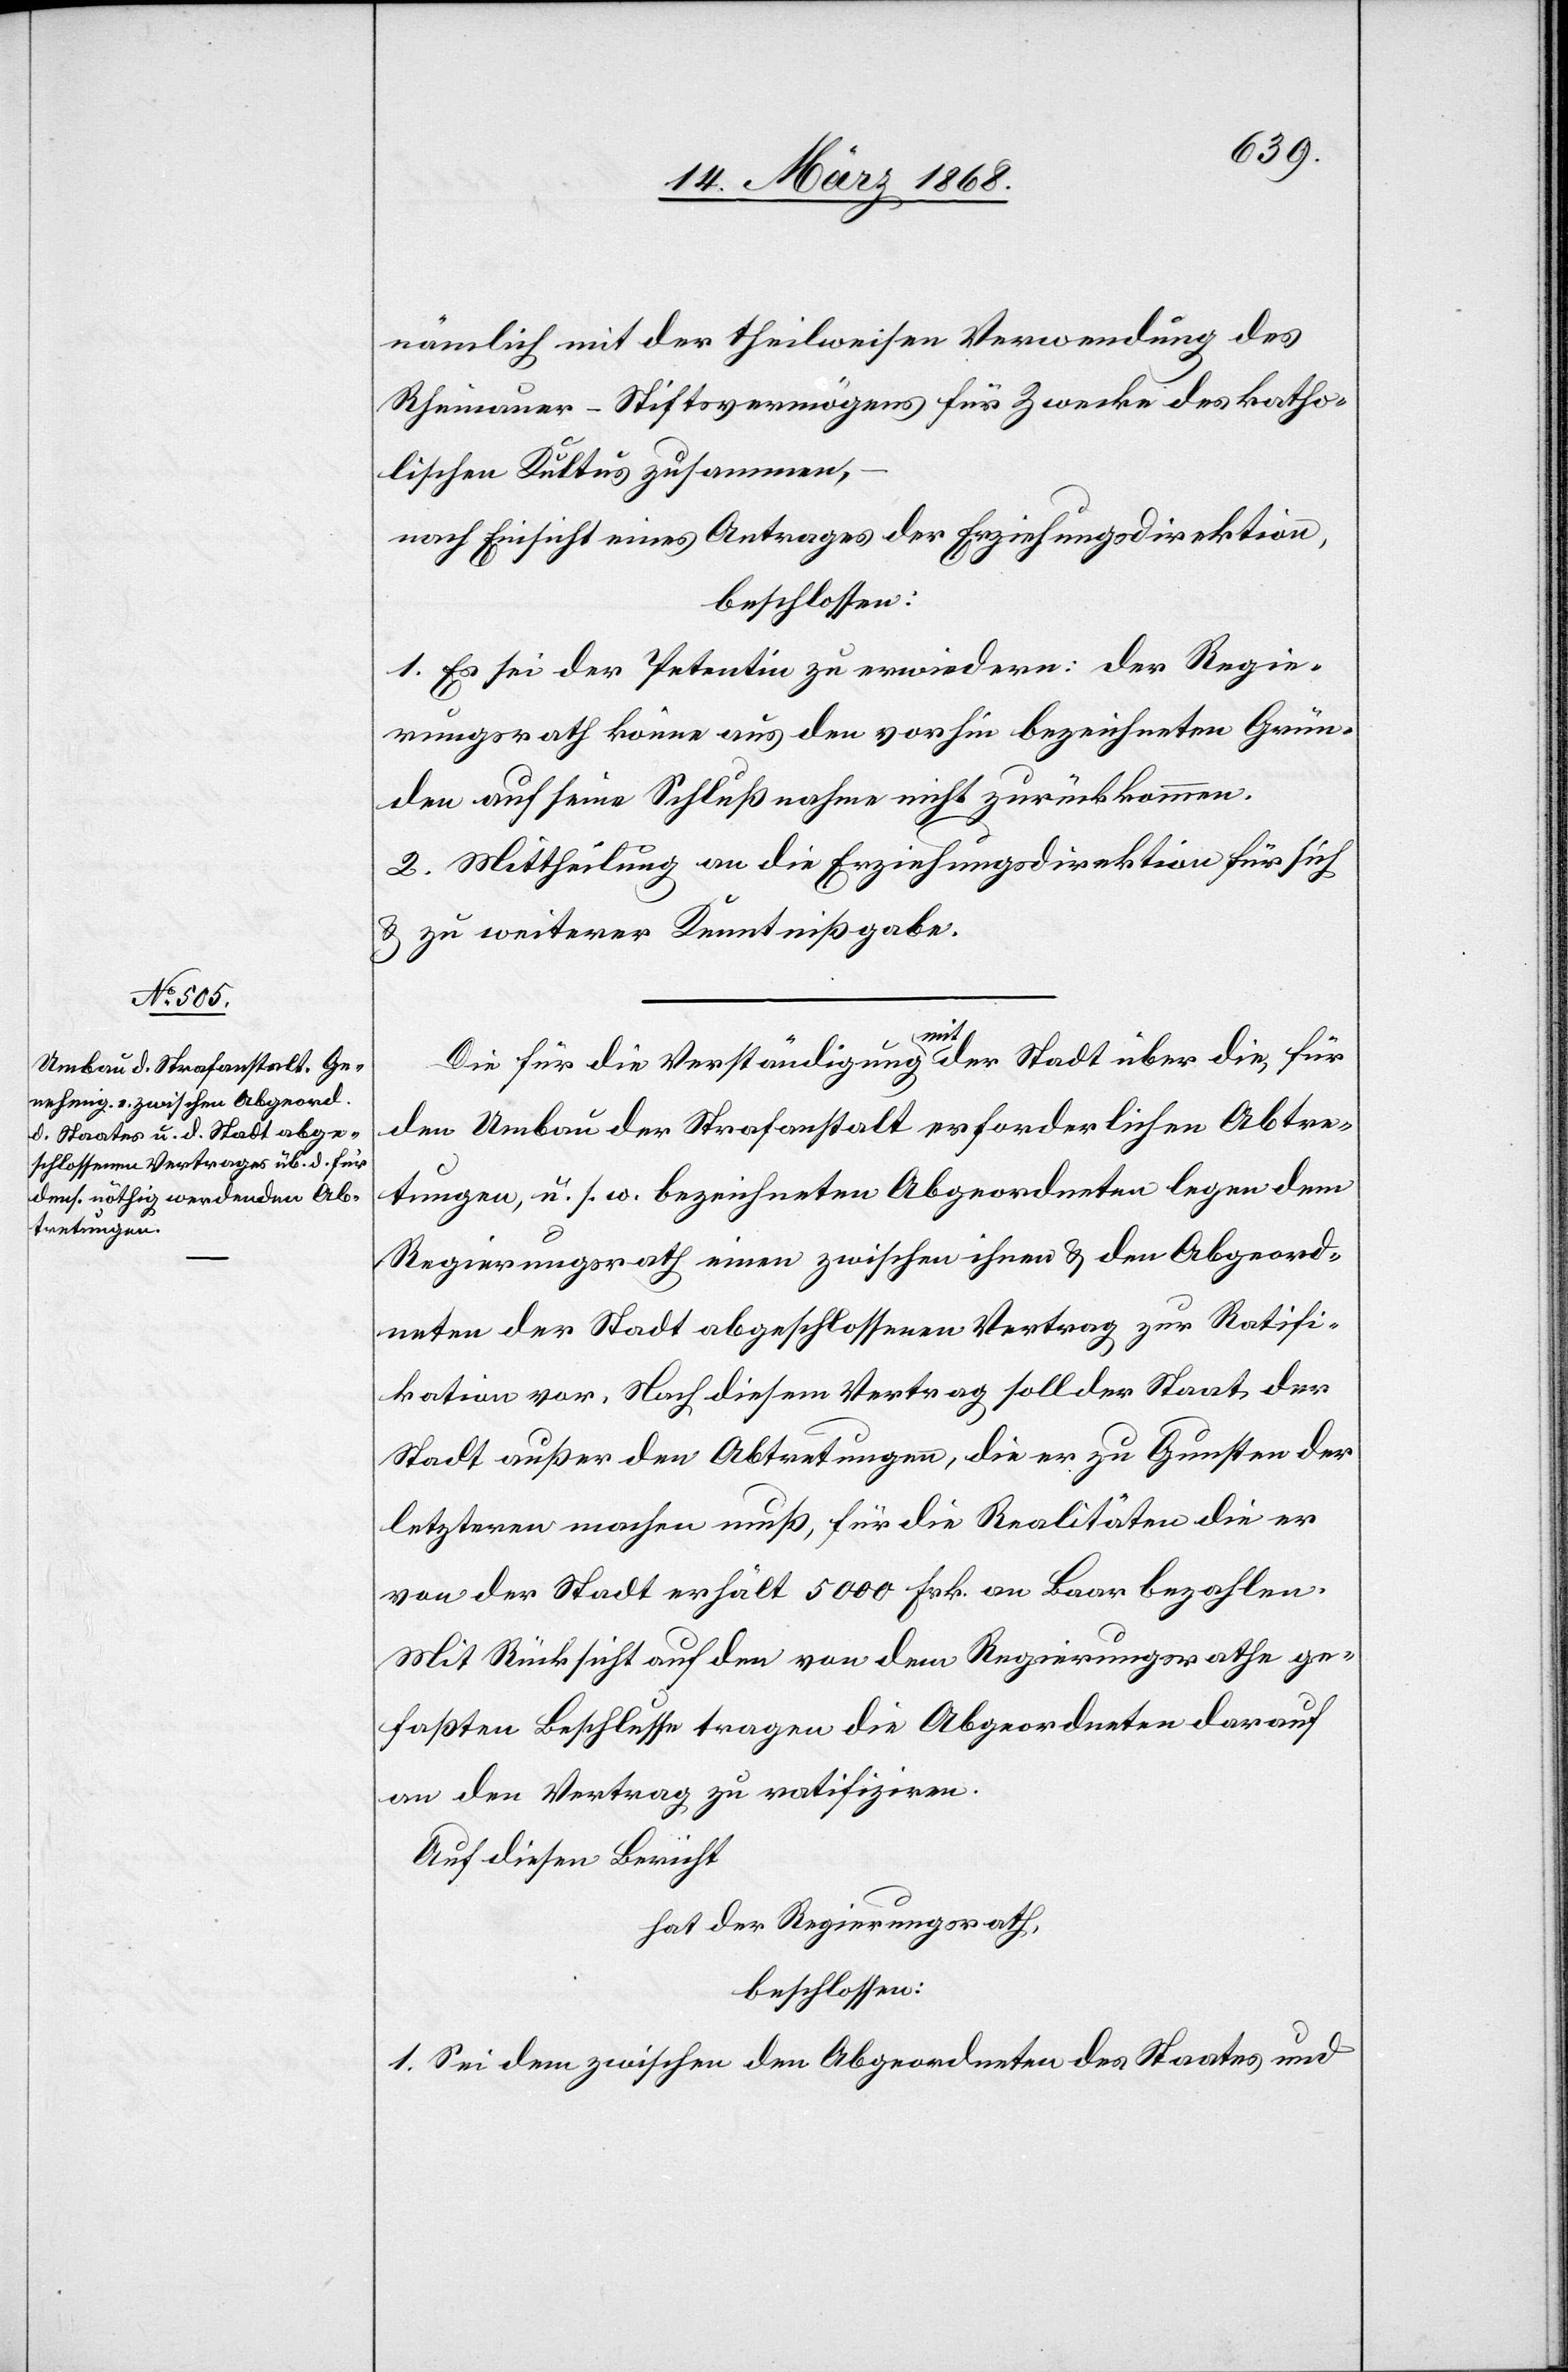
nämlich mit der theilweisen Verwendung des
Rheinauer-Stiftsvermögens für Zwecke des katho¬
lischen Kultus zusammen,
nach Einsicht eines Antrages der Erziehungsdirektion,
beschlossen:
1. Es sei der Petentin zu erwiedern: Der Regie¬
rungsrath könne aus den vorhin bezeichneten Grün¬
den auf seine Schlußnahme nicht zurückkommen.
2. Mittheilung an die Erziehungsdirektion für sich
& zu weiterer Kenntnißgabe.
Die für die Verständigung mit der Stadt über die, für
den Umbau der Strafanstalt erforderlichen Abtre¬
tungen, u. s. w. bezeichneten Abgeordneten legen dem
Regierungsrath einen zwischen ihnen & den Abgeord¬
neten der Stadt abgeschlossenen Vertrag zur Ratifi¬
kation vor. Nach diesem Vertrag soll der Staat der
Stadt außer den Abtretungen, die er zu Gunsten der
letzteren machen muß, für die Realitäten die er
von der Stadt erhält 5000 Frk. an Baar bezahlen.
Mit Rücksicht auf den von dem Regierungsrathe ge¬
faßten Beschlusse tragen die Abgeordneten darauf
an den Vertrag zu ratifiziren.
Auf diesen Bericht
hat der Regierungsrath,
beschlossen:
1. Sei dem zwischen den Abgeordneten des Staates und